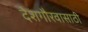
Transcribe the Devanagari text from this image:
देशगौरवासाठी